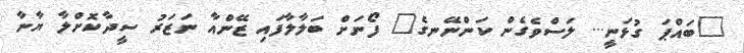
"ބައްޕަ ގުޅަނީ... ލަސްވެގެން ކަންނޭނގެ" ފޯނަށް ބަލާލާފައި ޒޭންއާ ނަޒަރު ސީދާކޮށްލާ ޔާނާ